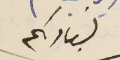
لسيادىكم